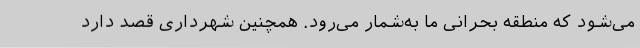
می‌شود که منطقه بحرانی ما به‌شمار می‌رود. همچنین شهرداری قصد دارد